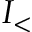
I _ { < }